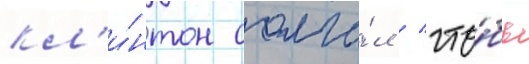
кл'и́нтон солга́л / что́бы